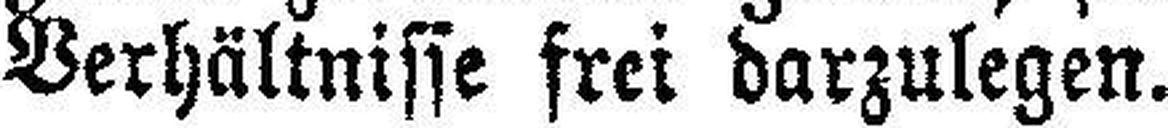
Verhältnisse frei darzulegen.